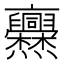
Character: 𠆡